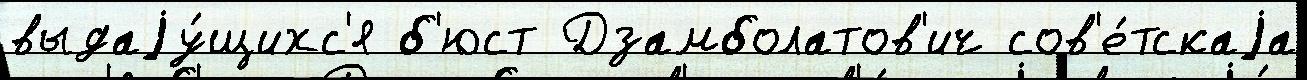
выдаjу́щихс'я б'юст Дзамболатов'ич сов'е́тскаjа